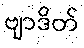
ဗျာဒိတ်